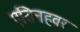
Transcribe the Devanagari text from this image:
एसिनहवर